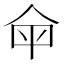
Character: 𤰒